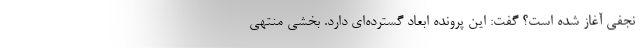
نجفی آغاز شده است؟ گفت: این پرونده ابعاد گسترده‌ای دارد. بخشی منتهی